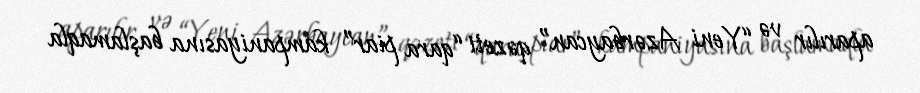
aparılır və “Yeni Azərbaycan” qəzeti “qara piar” kampaniyasına başlamaqla